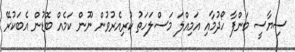
ސިޔާސީ މަންފާ ހޯދުމާއި އަމިއްލަ މަސްލަހަތު ކުރިއެރުވުން ނޫން ކަމެއް ބޮޑުން އެބަކުރޭ